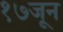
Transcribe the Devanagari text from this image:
१७जून